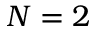
N = 2